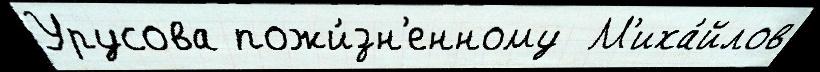
Урусова пожи́зн'енному  М'иха́йлов